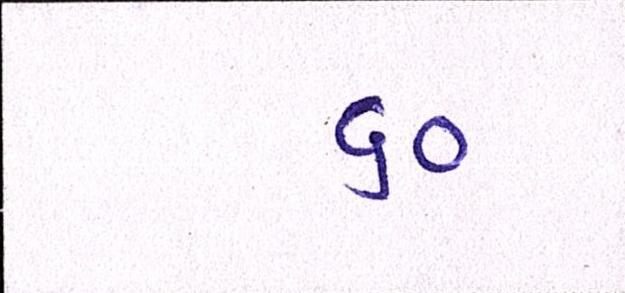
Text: ૬૦